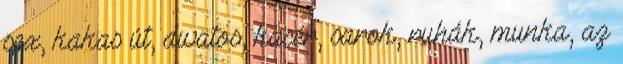
sex, kakas út, divatos, kacér, sarok, ruhák, munka, az